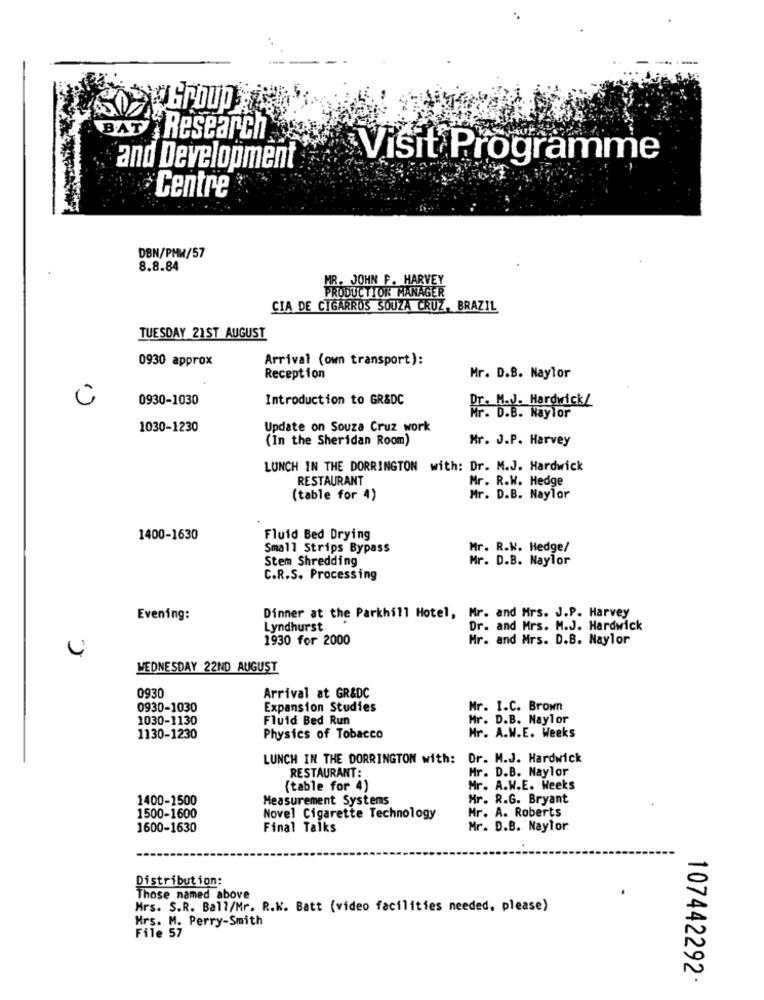
BAT Research
Visit Programme
and Development
Centre
DBN/PMW/57
8.8.84
MR. JOHN F. HARVEY
PRODUCTION MANAGER
CIA DE CIGARROS SOUZA CRUZ, BRAZIL
TUESDAY 21ST AUGUST
0930 approx
Arrival (own transport):
Reception
Mr. D.B. Naylor
0930-1030
Introduction to GR&DC
Dr. M.J. Hardwick/
Mr. D.B. Naylor
1030-1230
Update on Souza Cruz work
(In the Sheridan Room)
Mr. J.P. Harvey
LUNCH IN THE DORRINGTON with: Dr. M.J. Hardwick
RESTAURANT
Mr. R.W. Hedge
(table for 4)
Mr. D.B. Naylor
1400-1630
Fluid Bed Drying
Small Strips Bypass
Mr. R.K. Hedge/
Stem Shredding
Mr. D.B. Naylor
C.R.S. Processing
Evening:
Dinner at the Parkhill Hotel, Mr. and Mrs. J.P. Harvey
Lyndhurst
Dr. and Mrs. M.J. Hardwick
1930 for 2000
Mr. and Mrs. D.B. Naylor
WEDNESDAY 22ND AUGUST
Arrival at GR&DC
0930
0930-1030
Expansion Studies
Mr. I.C. Brown
1030-1130
Fluid Bed Run
Mr. D.B. Naylor
1130-1230
Physics of Tobacco
Mr. A.W.E. Weeks
LUNCH IN THE DORRINGTON with:
Dr. M.J. Hardwick
Hr. D.B. Naylor
RESTAURANT:
(table for 4)
Mr. A.W.E. Weeks
1400-1500
Measurement Systems
Mr. R.G. Bryant
Mr. A. Roberts
1500-1600
Novel Cigarette Technology
1600-1630
Final Talks
Mr. D.B. Naylor
Distribution:
Those named above
Mrs. S.R. Bal?/Mr. R.K. Batt (video facilities needed, please)
Hrs. M. Perry-Smith
File 57
107442292